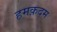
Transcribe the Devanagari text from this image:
हमक़दम